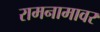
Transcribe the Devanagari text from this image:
रामनामावर